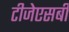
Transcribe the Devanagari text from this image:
टीजेएसबी